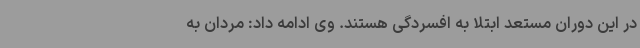
در این دوران مستعد ابتلا به افسردگی هستند. وی ادامه داد: مردان به